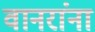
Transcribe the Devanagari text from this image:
वानरांना